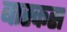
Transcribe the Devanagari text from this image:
बास्कस